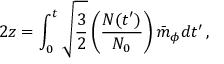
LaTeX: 2 z = \int _ { 0 } ^ { t } \sqrt { \frac { 3 } { 2 } } \left( \frac { N ( t ^ { \prime } ) } { N _ { 0 } } \right) \bar { m } _ { \phi } d t ^ { \prime } \, ,